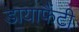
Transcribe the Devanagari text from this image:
डायाफैंटी